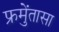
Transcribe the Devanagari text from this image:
फ्रुमेंतासा